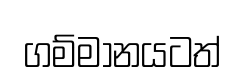
ගම්මානයටත්